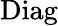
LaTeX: \mathrm{Diag}